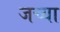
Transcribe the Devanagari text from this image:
जच्या